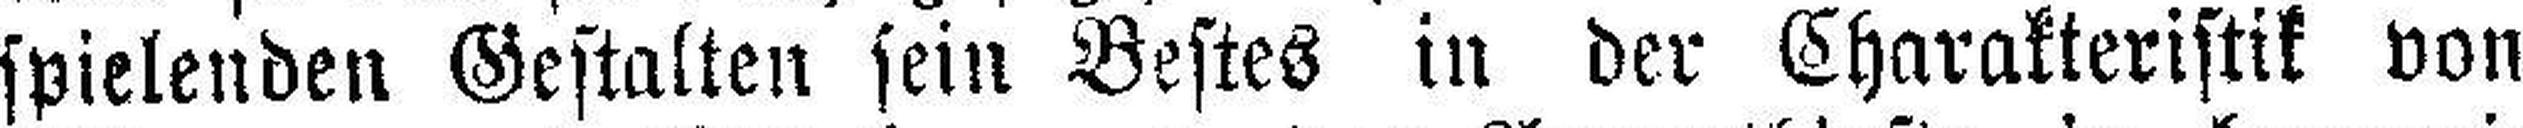
spielenden Gestalten sein Bestes in der Charakteristik von